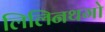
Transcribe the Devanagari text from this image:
लिलिनथगो